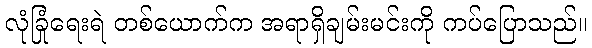
လုံခြုံရေးရဲ တစ်ယောက်က အရာရှိချမ်းမင်းကို ကပ်ပြောသည်။